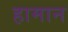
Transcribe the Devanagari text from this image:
हामान